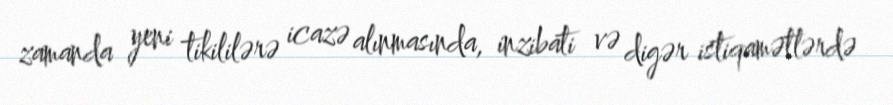
zamanda yeni tikililərə icazə alınmasında, inzibati və digər istiqamətlərdə